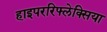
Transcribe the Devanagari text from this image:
हाइपररिफ्लेक्सिया